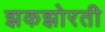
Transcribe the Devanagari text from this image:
झकझोरती